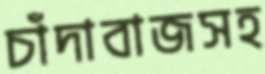
চাঁদাবাজসহ